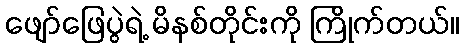
ဖျော်ဖြေပွဲရဲ့ မိနစ်တိုင်းကို ကြိုက်တယ်။